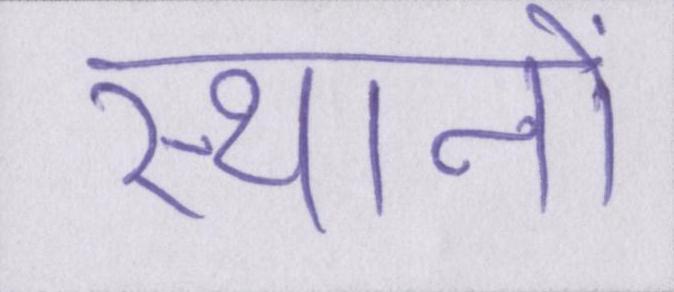
स्थानों